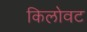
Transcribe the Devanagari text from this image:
किलोवट